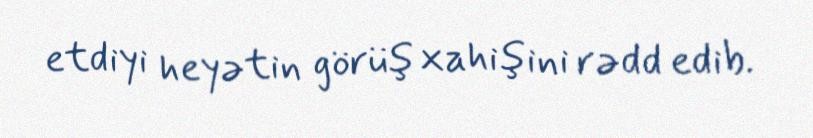
etdiyi heyətin görüş xahişini rədd edib.